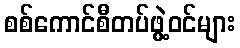
စစ်ကောင်စီတပ်ဖွဲ့ဝင်များ